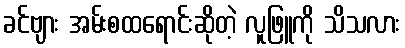
ခင်ဗျား အမ်းစထရောင်းဆိုတဲ့ လူဖြူကို သိသလား